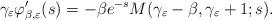
LaTeX: \begin{align*} \gamma_{\varepsilon} \varphi_{\beta,\varepsilon}'(s) = - \beta e^{-s} M(\gamma_{\varepsilon}-\beta, \gamma_{\varepsilon} + 1; s).\end{align*}